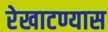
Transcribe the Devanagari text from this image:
रेखाटण्यास